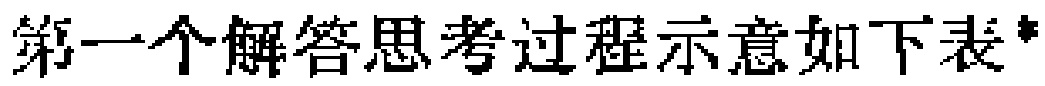
第一个解答思考过程示意如下表*